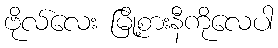
ဗိုလ်လေး မြို့စားနီကိုလေပါ